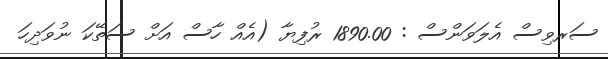
ސަރވިސް އެލަވަންސް : 1890.00 ރުފިޔާ (އެއް ހާސް އަށް ސަތޭކަ ނުވަދިހަ